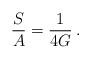
LaTeX: \begin{align*}\frac{S}{A} = \frac{1}{4G} \>.\end{align*}